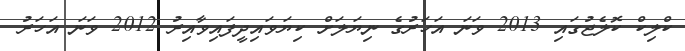
ކްލިކް ކޮލެޖުގައި 2013 ވަނަ އަހަރުގެ ނިޔަލަށް ކިޔަވައިދީފައިވާއިރު 2012 ވަނަ އަހަރު